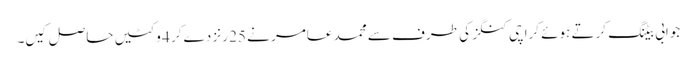
جوابی بیٹنگ کرتے ہوئے کراچی کنگز کی طرف سے محمد عامر نے 25 رنز دے کر 4 وکٹیں حاصل کیں۔